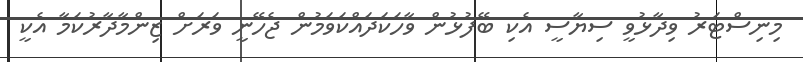
މިނިސްޓަރު ވިދާޅުވީ ސިޔާސީ އެކި ބޭފުޅުން ވާހަކަދައްކަވަމުން ޖެހޭނީ ވަރަށް ޒިންމާދާރުކަމާ އެކީ